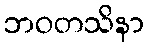
ဘဝတသိနာ